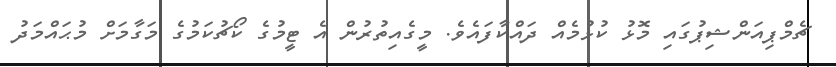
ޗެމްޕިއަންޝިިޕުގައި މޮޅު ކުޅުމެއް ދައްކާފައެވެ. މީގެއިތުރުން އެ ޓީމުގެ ކޯޗުކަމުގެ މަގާމަށް މުޙައްމަދު